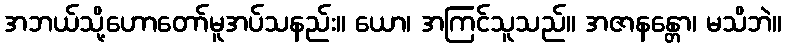
အဘယ်သို့ဟောတော်မူအပ်သနည်း။ ယော၊ အကြင်သူသည်။ အဇာနန္တော၊ မသိဘဲ။